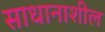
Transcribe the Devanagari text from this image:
साधानाशील